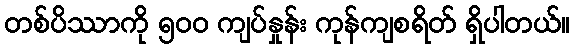
တစ်ပိဿာကို ၅၀၀ ကျပ်နှုန်း ကုန်ကျစရိတ် ရှိပါတယ်။